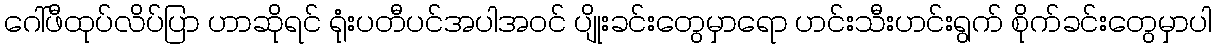
ဂေါ်ဖီထုပ်လိပ်ပြာ ဟာဆိုရင် ရုံးပတီပင်အပါအဝင် ပျိုးခင်းတွေမှာရော ဟင်းသီးဟင်းရွက် စိုက်ခင်းတွေမှာပါ